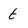
Character: t